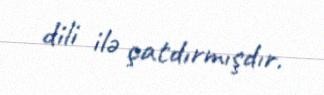
dili ilə çatdırmışdır.